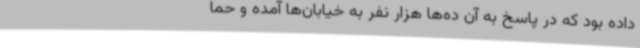
داده بود که در پاسخ به آن ده‌ها هزار نفر به خیابان‌ها آمده‌ و حما